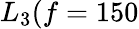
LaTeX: {L}_{3}(f=150